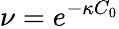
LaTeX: \nu=e^{-\kappa C_{0}}